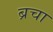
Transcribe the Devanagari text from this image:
ब्रचा